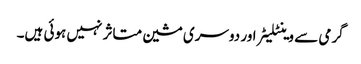
گرمی سے وینٹلیٹر اور دوسری مشین متاثر نہیں ہوئی ہیں۔